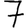
Digit: 7